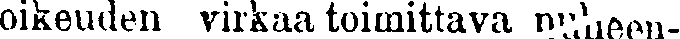
oikeuden virkaa toimittava puheen-